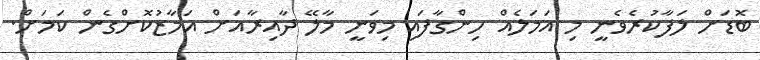
ބޮޑަށް ލަފާކުރެވެނީ މި އަމަލެއް ހިންގާފައި މިވަނީ މާލޭ ދާއިރާއަށް އަމާޒުކޮށްގެން ކަމަށް.